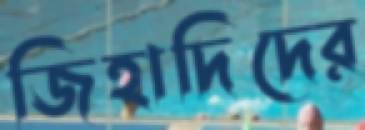
জিহাদিদের